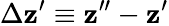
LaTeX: \Delta\mathbf{z}^{\prime}\equiv\mathbf{z}^{\prime\prime}-\mathbf{z}^{\prime}